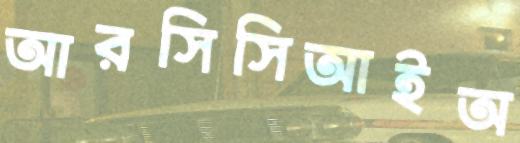
আরসিসিআইঅ